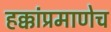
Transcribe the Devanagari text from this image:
हक्कांप्रमाणेच